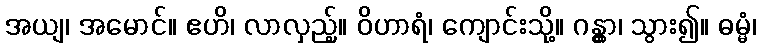
အယျ၊ အမောင်။ ဧဟိ၊ လာလှည့်။ ဝိဟာရံ၊ ကျောင်းသို့။ ဂန္တွာ၊ သွား၍။ ဓမ္မံ၊